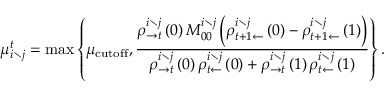
\mu _ { i \setminus j } ^ { t } = \operatorname* { m a x } \left\{ \mu _ { \mathrm { c u t o f f } } , \frac { \rho _ { \rightarrow t } ^ { i \setminus j } \left( 0 \right) M _ { 0 0 } ^ { i \setminus j } \left( \rho _ { t + 1 \leftarrow } ^ { i \setminus j } \left( 0 \right) - \rho _ { t + 1 \leftarrow } ^ { i \setminus j } \left( 1 \right) \right) } { \rho _ { \rightarrow t } ^ { i \setminus j } \left( 0 \right) \rho _ { t \leftarrow } ^ { i \setminus j } \left( 0 \right) + \rho _ { \rightarrow t } ^ { i \setminus j } \left( 1 \right) \rho _ { t \leftarrow } ^ { i \setminus j } \left( 1 \right) } \right\} .